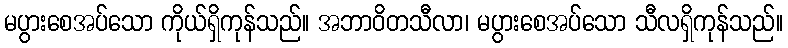
မပွားစေအပ်သော ကိုယ်ရှိကုန်သည်။ အဘာဝိတသီလာ၊ မပွားစေအပ်သော သီလရှိကုန်သည်။